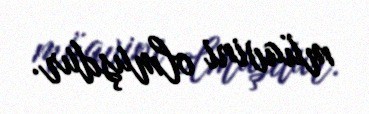
müavini olmuşdur.